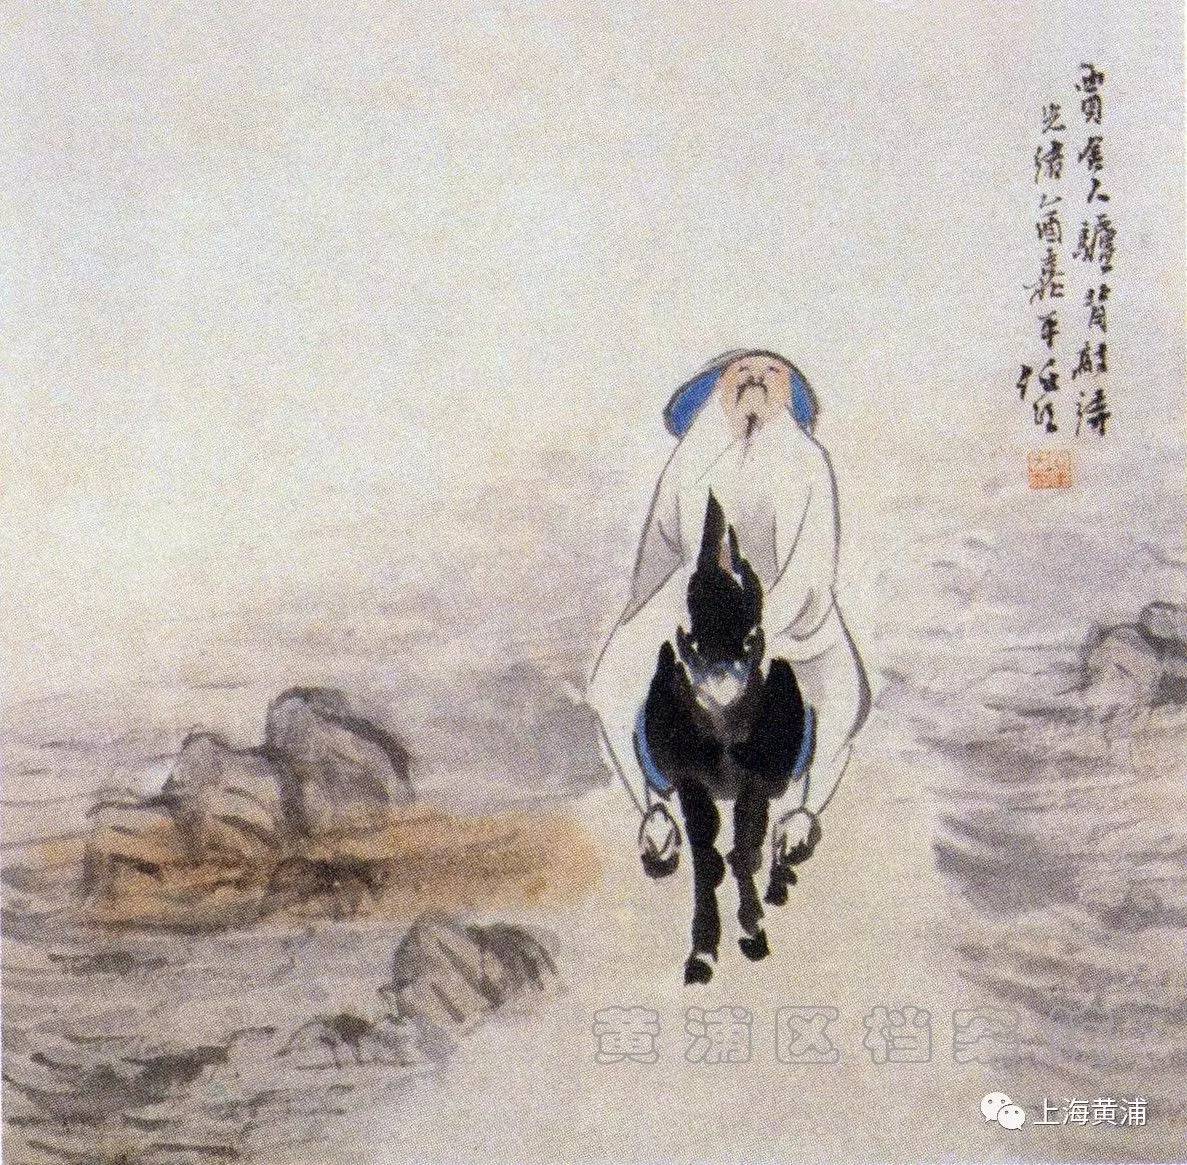
不知何日东瀛变，此地还成要路津。